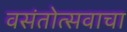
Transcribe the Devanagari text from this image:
वसंतोत्सवाचा